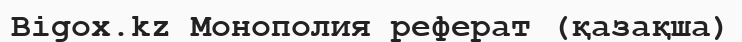
Bigox.kz Монополия реферат (қазақша)